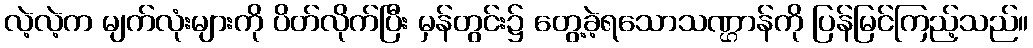
လဲ့လဲ့က မျက်လုံးများကို ပိတ်လိုက်ပြီး မှန်တွင်း၌ တွေ့ခဲ့ရသောသဏ္ဌာန်ကို ပြန်မြင်ကြည့်သည်။